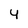
Character: 4